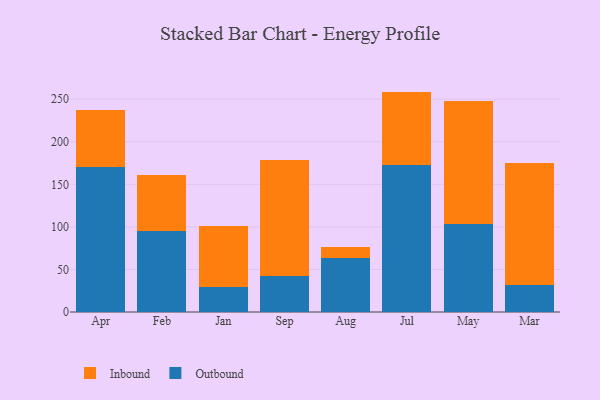
{"axis": {"x": "Month", "y": "Operating Costs (USD K)"}, "legend": ["Inbound", "Outbound"], "data": [{"x": "Apr", "y": 170.3, "type": "Outbound"}, {"x": "Apr", "y": 67.0, "type": "Inbound"}, {"x": "Feb", "y": 95.4, "type": "Outbound"}, {"x": "Feb", "y": 65.6, "type": "Inbound"}, {"x": "Jan", "y": 29.1, "type": "Outbound"}, {"x": "Jan", "y": 71.9, "type": "Inbound"}, {"x": "Sep", "y": 41.8, "type": "Outbound"}, {"x": "Sep", "y": 137.2, "type": "Inbound"}, {"x": "Aug", "y": 63.1, "type": "Outbound"}, {"x": "Aug", "y": 13.3, "type": "Inbound"}, {"x": "Jul", "y": 172.4, "type": "Outbound"}, {"x": "Jul", "y": 86.5, "type": "Inbound"}, {"x": "May", "y": 103.4, "type": "Outbound"}, {"x": "May", "y": 144.7, "type": "Inbound"}, {"x": "Mar", "y": 31.3, "type": "Outbound"}, {"x": "Mar", "y": 144.3, "type": "Inbound"}]}